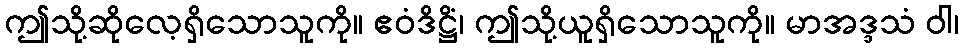
ဤသို့ဆိုလေ့ရှိသောသူကို။ ဧဝံဒိဋ္ဌိံ၊ ဤသို့ယူရှိသောသူကို။ မာအဒ္ဒသံ ဝါ၊